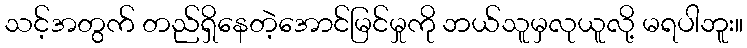
သင့်အတွက် တည်ရှိနေတဲ့အောင်မြင်မှုကို ဘယ်သူမှလုယူလို့ မရပါဘူး။